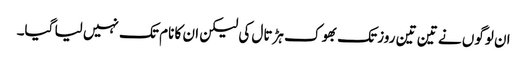
ان لوگوں نے تین تین روز تک بھوک ہڑتال کی لیکن ان کا نام تک نہیں لیا گیا۔